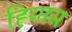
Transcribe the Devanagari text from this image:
ह्य्प्तिस